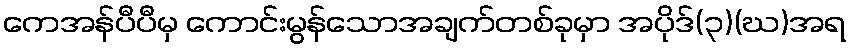
ကေအန်ပီပီမှ ကောင်းမွန်သောအချက်တစ်ခုမှာ အပိုဒ်(၃)(ဃ)အရ